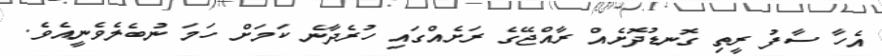
އެހާ ސާފު ރީތި ގޮނޑުދޮށެއް ރާއްޖޭގެ ރަށެއްގައި ހުރެދާނެ ކަމަށް ހަމަ ނުބެލެވެނީއެވެ.